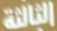
الثالثة